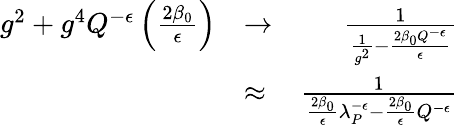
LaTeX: \begin{array}{rlr}{g^{2}+g^{4}Q^{-\epsilon}\left(\frac{2\beta_{0}}{\epsilon}\right)}&{\to}&{{\frac{1}{{\frac{1}{g^{2}}}-{\frac{2\beta_{0}Q^{-\epsilon}}{\epsilon}}}}}\\ &{\approx}&{{\frac{1}{{\frac{2\beta_{0}}{\epsilon}}\lambda_{P}^{-\epsilon}-{\frac{2\beta_{0}}{\epsilon}}Q^{-\epsilon}}}}\end{array}